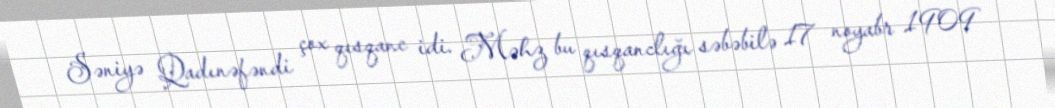
Səniyə Qadınəfəndi çox qısqanc idi. Məhz bu qısqanclığı səbəbilə 17 noyabr 1909